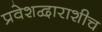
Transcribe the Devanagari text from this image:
प्रवेशद्वाराशीच